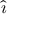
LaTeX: \hat { \boldsymbol { \imath } }